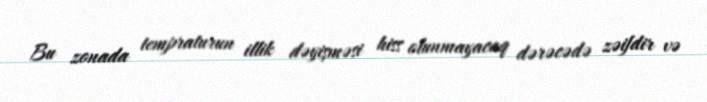
Bu zonada tempraturun illik dəyişməsi hiss olunmayacaq dərəcədə zəifdir və